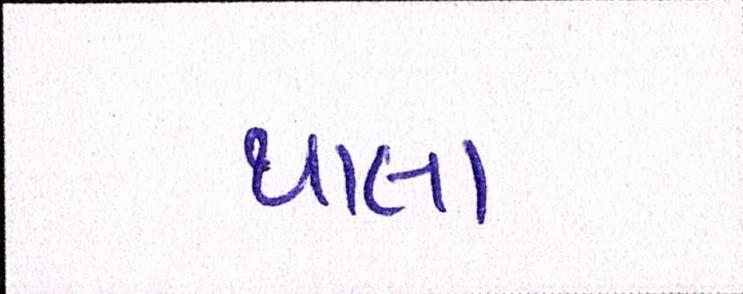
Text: થાલા